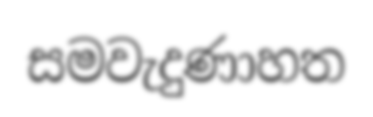
සමවැදුණාහත